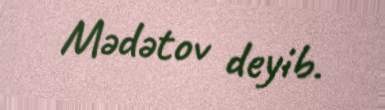
Mədətov deyib.